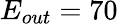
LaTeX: E_{out}=70